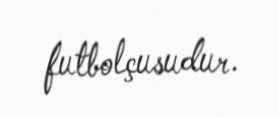
futbolçusudur.